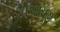
ટીઆરજી